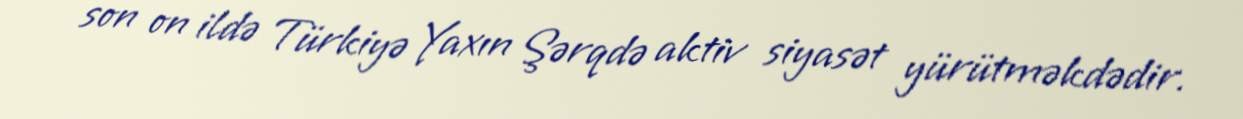
son on ildə Türkiyə Yaxın Şərqdə aktiv siyasət yürütməkdədir.